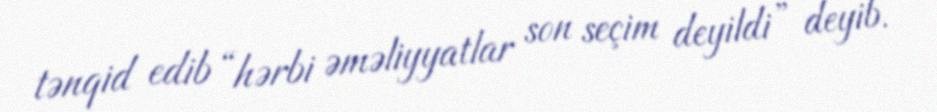
tənqid edib “hərbi əməliyyatlar son seçim deyildi” deyib.